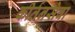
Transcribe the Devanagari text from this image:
कीर्तनसेवा